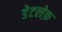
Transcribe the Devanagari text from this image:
डेटलेफ़